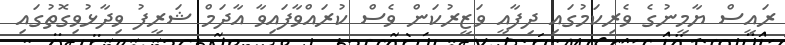
ރައީސް ޔާމީނުގެ ވެރިކަމުގައި ދިފާއީ ވަޒީރުކަން ވެސް ކުރައްވާފައިވާ އާދަމް ޝަރީފު ވިދާޅުވިގޮތުގައި